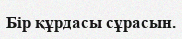
Бiр құрдасы сұрасын.